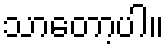
သာတော့ပါ။